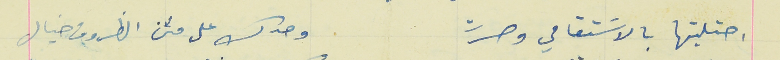
احتليتها بالاسَتقامي وصرت                                وحدك على متن الظروف خيال